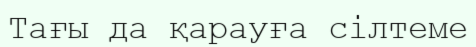
Тағы да қарауға сілтеме